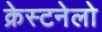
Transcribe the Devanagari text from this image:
क्रेस्टनेलो